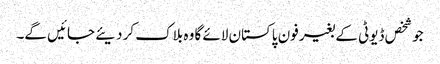
جو شخص ڈیوٹی کے بغیر فون پاکستان لائے گا وہ بلاک کر دیئے جائیں گے۔